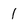
Character: 1